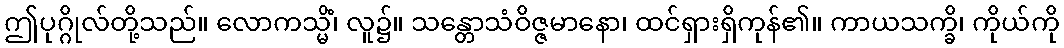
ဤပုဂ္ဂိုလ်တို့သည်။ လောကသ္မိံ၊ လူ၌။ သန္တောသံဝိဇ္ဇမာနော၊ ထင်ရှားရှိကုန်၏။ ကာယသက္ခိ၊ ကိုယ်ကို